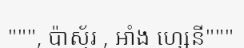
""", ប៉ាស្ទ័រ , អាំង ហ្សេនី"""